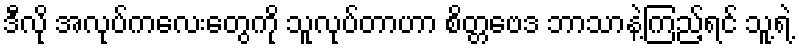
ဒီလို အလုပ်ကလေးတွေကို သူလုပ်တာဟာ စိတ္တဗေဒ ဘာသာနဲ့ကြည့်ရင် သူ့ရဲ့